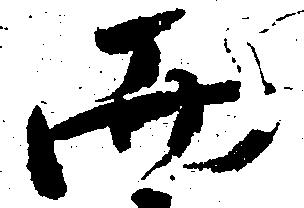
而